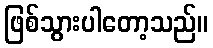
ဖြစ်သွားပါတော့သည်။